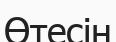
Өтесін